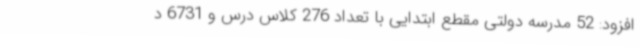
افزود: 52 مدرسه دولتی مقطع ابتدایی با تعداد 276 کلاس درس و 6731 د